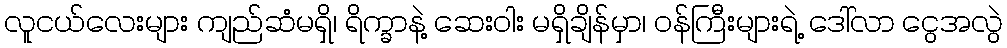
လူငယ်လေးများ ကျည်ဆံမရှိ၊ ရိက္ခာနဲ့ ဆေးဝါး မရှိချိန်မှာ၊ ဝန်ကြီးများရဲ့ ဒေါ်လာ ငွေအလွဲ